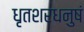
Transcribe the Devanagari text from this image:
धृतशरधनुषं